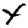
Digit: 4